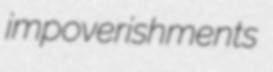
impoverishments